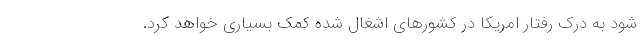
شود به درك رفتار امريكا در كشورهاي اشغال شده كمك بسياري خواهد كرد.